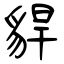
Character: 貋